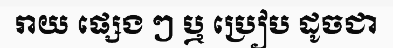
រាយ ផ្សេង ៗ ឬ ប្រៀប ដូចជា